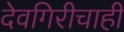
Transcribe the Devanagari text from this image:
देवगिरीचाही